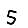
Digit: 5